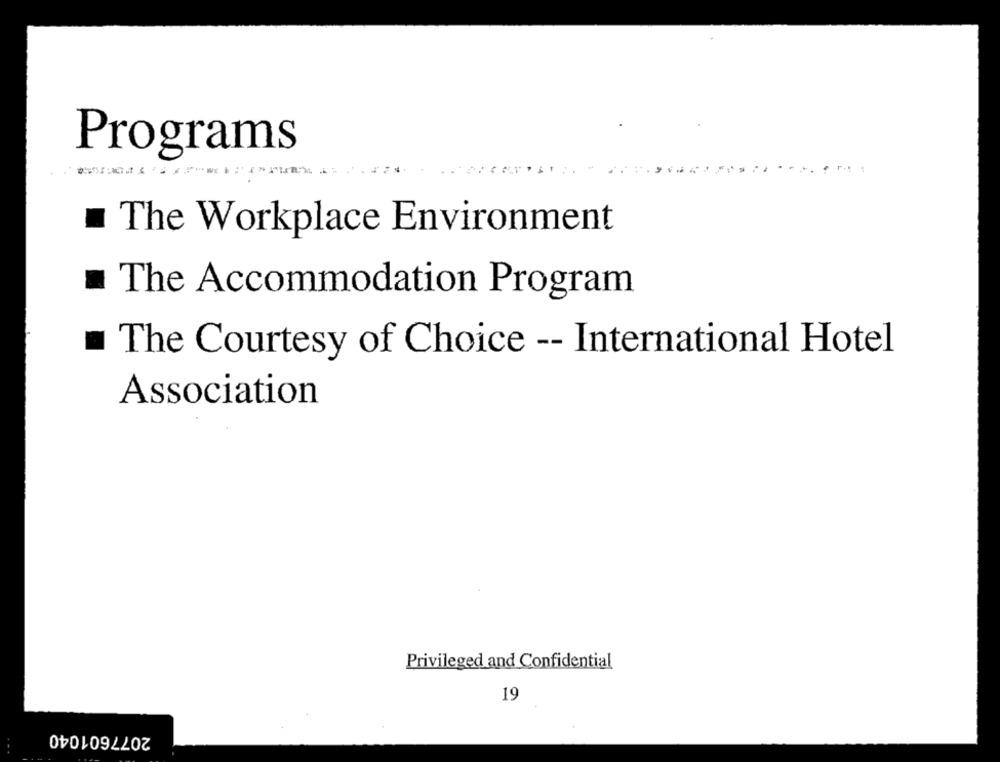
Programs
The Workplace Environment
The Accommodation Program
The Courtesy of Choice -- International Hotel
Association
Privileged and Confidential
19
2077601040
. .